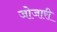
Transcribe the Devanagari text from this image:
जोजारी